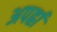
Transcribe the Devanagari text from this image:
अपर्ह्रा